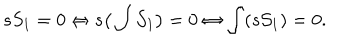
LaTeX: s S _ { 1 } = 0 \Leftrightarrow s \big ( \int { \cal S } _ { 1 } \big ) = 0 \Leftrightarrow \int ( s { \cal S } _ { 1 } ) = 0 .